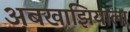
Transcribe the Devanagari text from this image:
अबखाझियाला